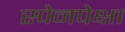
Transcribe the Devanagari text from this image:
स्पेनपेक्षा